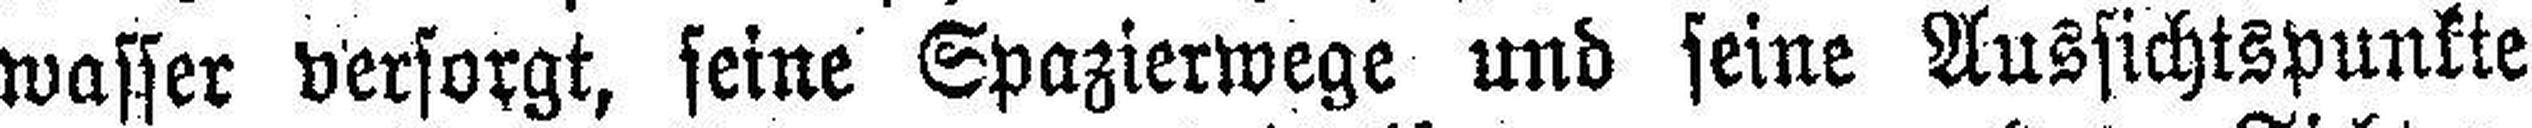
wasser versorgt, seine Spazierwege und seine Aussichtspunkte